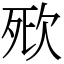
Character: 㰷